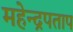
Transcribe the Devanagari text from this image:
महेन्द्रपताप